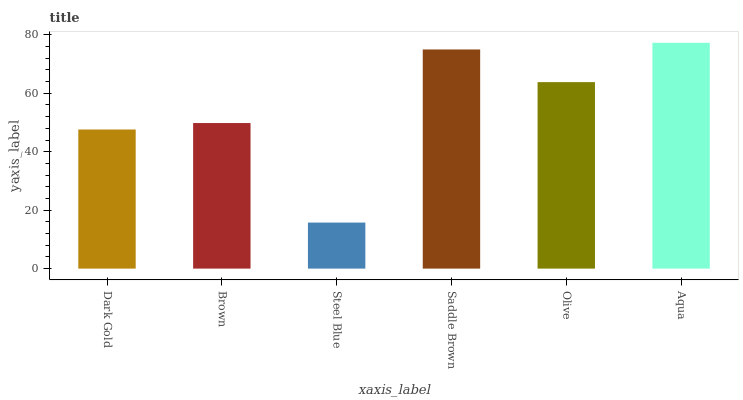
| xaxis_label | bars |
 | --- | --- |
 | Dark Gold | 47.6 |
 | Brown | 49.8 |
 | Steel Blue | 15.8 |
 | Saddle Brown | 75 |
 | Olive | 63.8 |
 | Aqua | 77.3 |